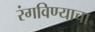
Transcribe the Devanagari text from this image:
रंगविण्याचा